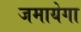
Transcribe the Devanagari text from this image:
जमायेगा